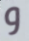
و